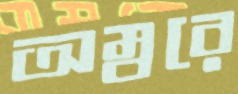
অম্বরে